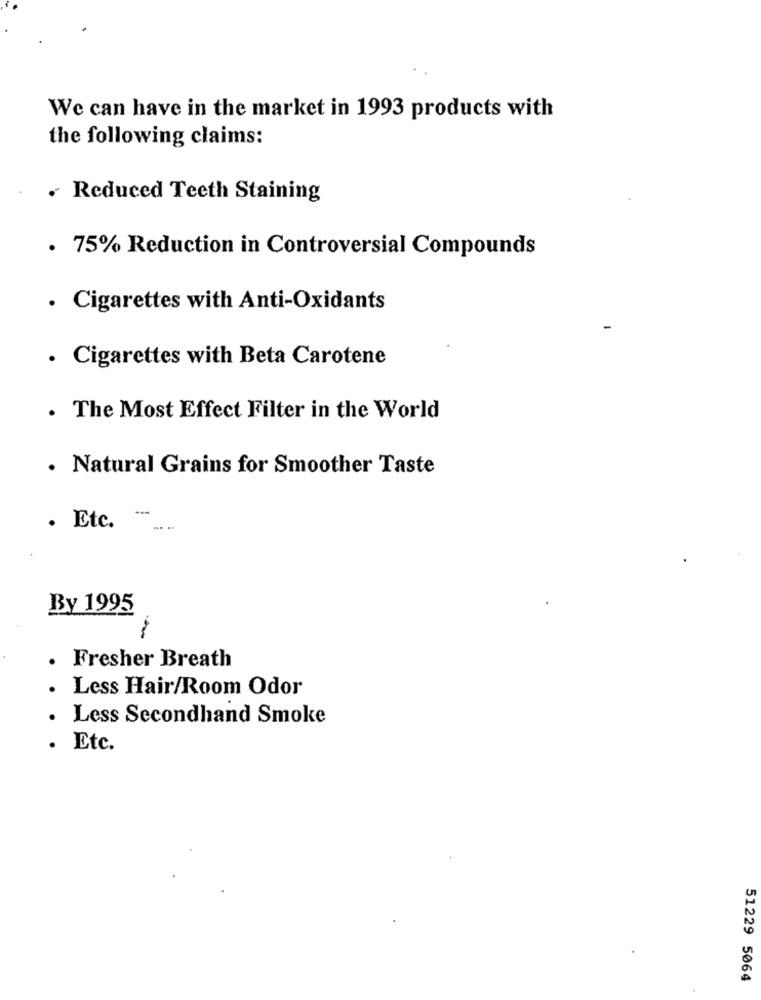
We can have in the market in 1993 products with
the following claims:
Reduced Teeth Staining
. 75% Reduction in Controversial Compounds
· Cigarettes with Anti-Oxidants
· Cigarettes with Beta Carotene
. The Most Effect Filter in the World
Natural Grains for Smoother Taste
...
. Etc.
By 1995
Fresher Breath
Less Hair/Room Odor
Less Secondhand Smoke
Etc.
51229 5064